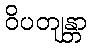
ဝိပတျန္တာ